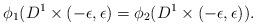
LaTeX: \begin{align*}\phi_1(D^1\times (-\epsilon,\epsilon)=\phi_2(D^1\times (-\epsilon,\epsilon)).\end{align*}